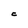
Character: C